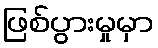
ဖြစ်ပွားမှုမှာ